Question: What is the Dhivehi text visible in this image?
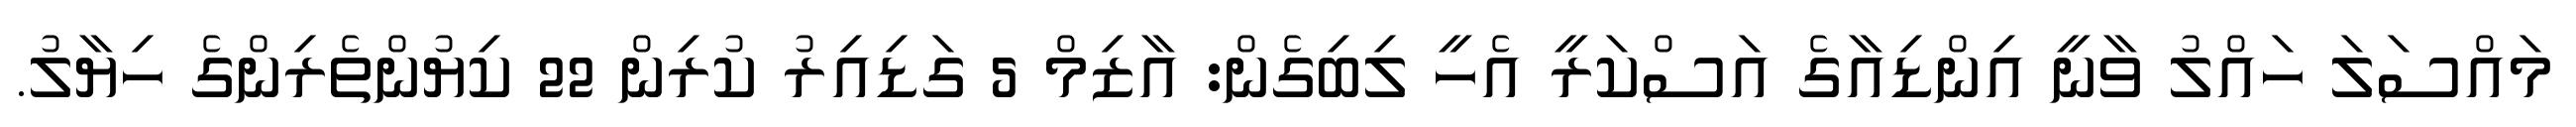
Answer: މައްސަލަ ހައްލު ވާނީ އިންޑިއާގެ އަސްކަރީ އެހީ ލިބިގެން: އާޒިމް 5 ގަޑިއިރު ކުރިން 22 ކިޔުންތެރިންގެ ހިޔާލު.